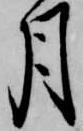
月